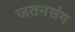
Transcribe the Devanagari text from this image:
जतनसंग